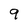
Character: 9